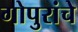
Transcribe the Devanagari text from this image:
गोपुरांचे